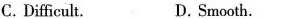
C.Difficult. D.Smooth.